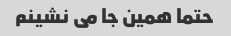
حتما همین جا می نشینم